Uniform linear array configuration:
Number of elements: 4
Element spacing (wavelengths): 0.25
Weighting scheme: exponential
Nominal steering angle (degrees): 45
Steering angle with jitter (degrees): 44.257
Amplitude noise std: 0.05
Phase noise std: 0.05

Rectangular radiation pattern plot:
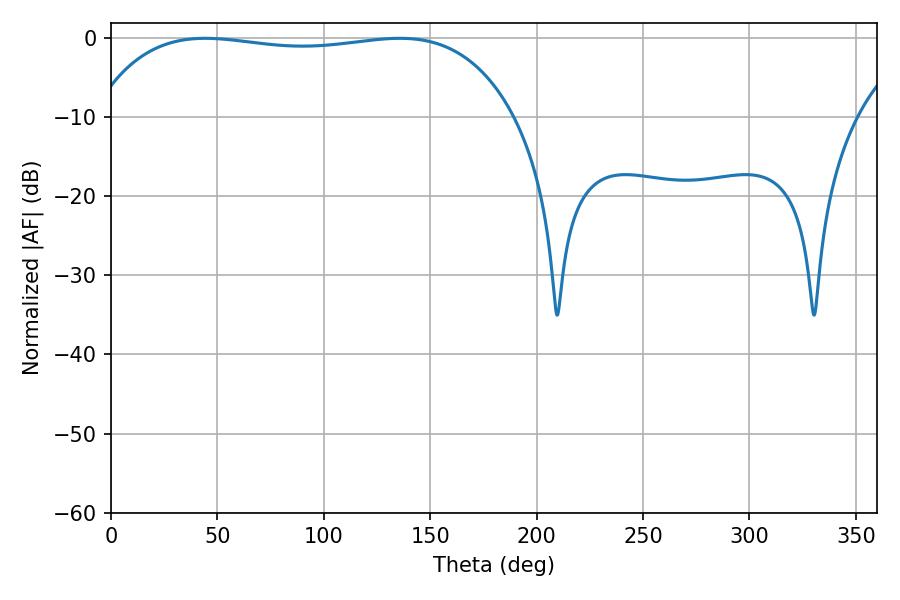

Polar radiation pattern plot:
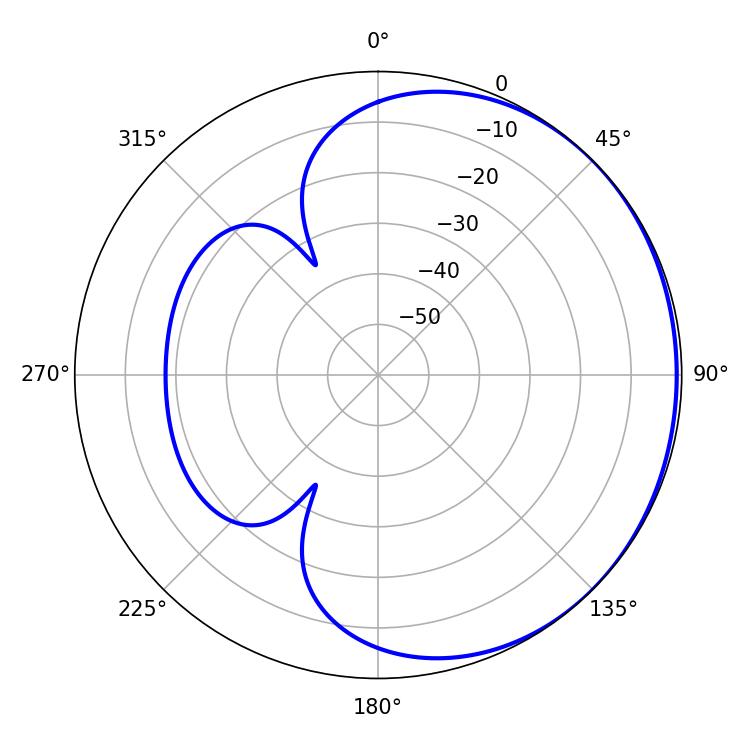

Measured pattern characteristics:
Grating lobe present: FALSE
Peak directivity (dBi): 0.6755
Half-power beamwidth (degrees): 158.4
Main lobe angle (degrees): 44.28